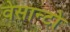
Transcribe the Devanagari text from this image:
वेसान्टो